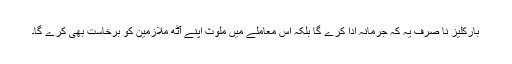
بارکلیز نا صرف یہ کہ جرمانہ ادا کرے گا بلکہ اس معاملے میں ملوث اپنے آٹھ ملازمین کو برخاست بھی کرے گا۔